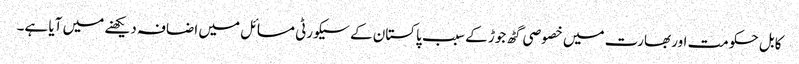
کابل حکومت اور بھارت میں خصوصی گٹھ جوڑ کے سبب پاکستان کے سیکورٹی مسائل میں اضافہ دیکھنے میں آیا ہے۔